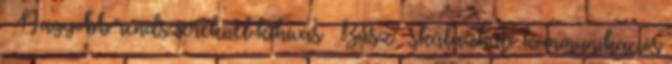
– Nagyobb rendszereknél kihívás ● Busz → skálázható kommunikációs